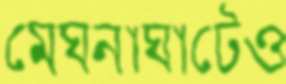
মেঘনাঘাটেও